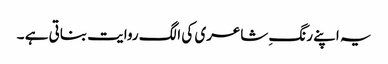
یہ اپنے رنگِ شاعری کی الگ روایت بناتی ہے ۔